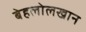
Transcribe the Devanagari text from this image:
बेहलोलखान